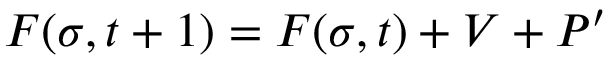
F ( \sigma , t + 1 ) = F ( \sigma , t ) + V + P ^ { \prime }